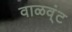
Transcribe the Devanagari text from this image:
वाळव्ंट